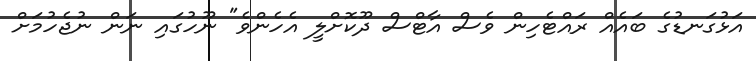
އަޅުގަނޑުގެ ބައެއް ރައްޓެހިން ވެސް އާޓްސް ދޫކޮށްލީ އެހެންވެ" ނޫހުގައި ނަން ނުޖެހުމަށް